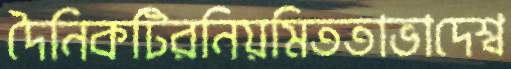
দৈনিকটিরনিয়মিততাভাদেশ্ব